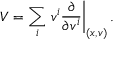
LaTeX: V = \sum _ { i } \left. v ^ { i } { \frac { \partial } { \partial v ^ { i } } } \right| _ { ( x , v ) } .